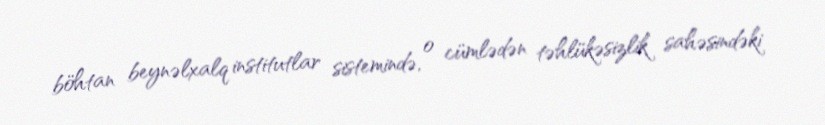
böhtan beynəlxalq institutlar sistemində, o cümlədən təhlükəsizlik sahəsindəki